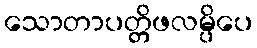
သောတာပတ္တိဖလမ္ပိပေ